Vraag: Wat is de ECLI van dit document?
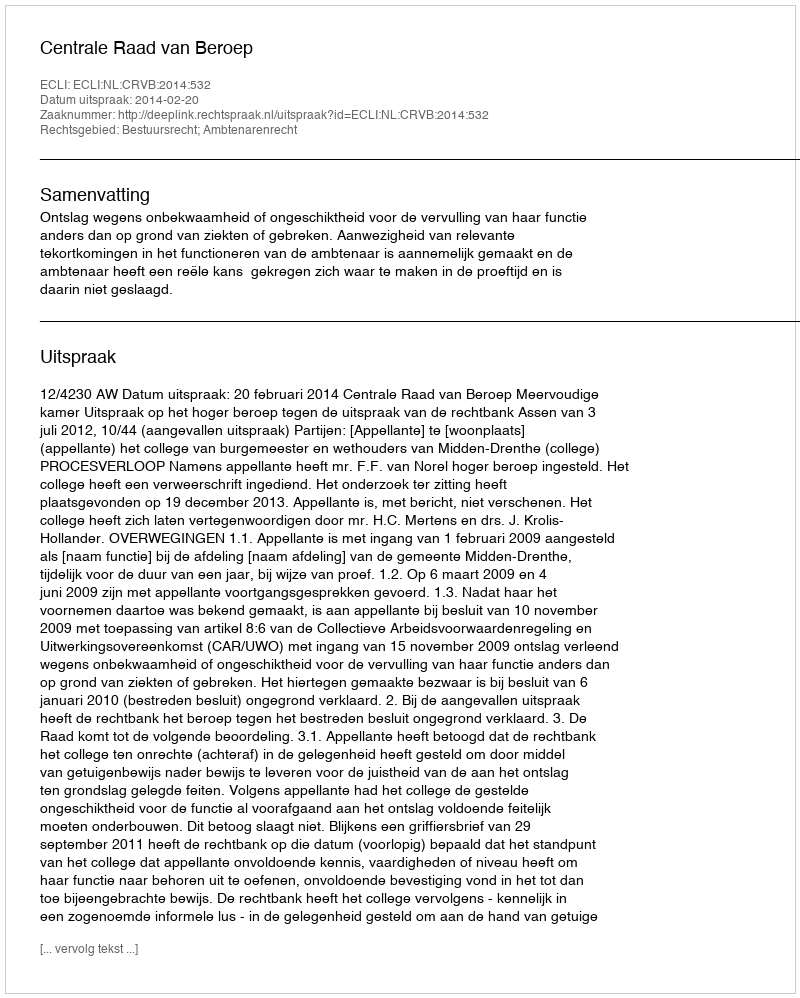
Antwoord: ECLI:NL:CRVB:2014:532